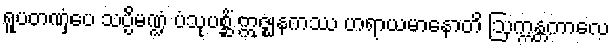
ရူပတဏှံပေ သပ္ပိမဏ္ဍံ ပံသုပစ္ဆိံ ဣဇ္ဈနကဿ ဟရာယမာနောတိ ဩက္ကန္တကာလေ